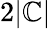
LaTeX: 2|\mathbb{C}|